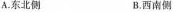
A.东北侧 B.西南侧